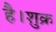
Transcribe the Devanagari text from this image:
है।शुक्र